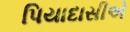
પિયાદાસીએ